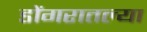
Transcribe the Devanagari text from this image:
डोंगरातल्या